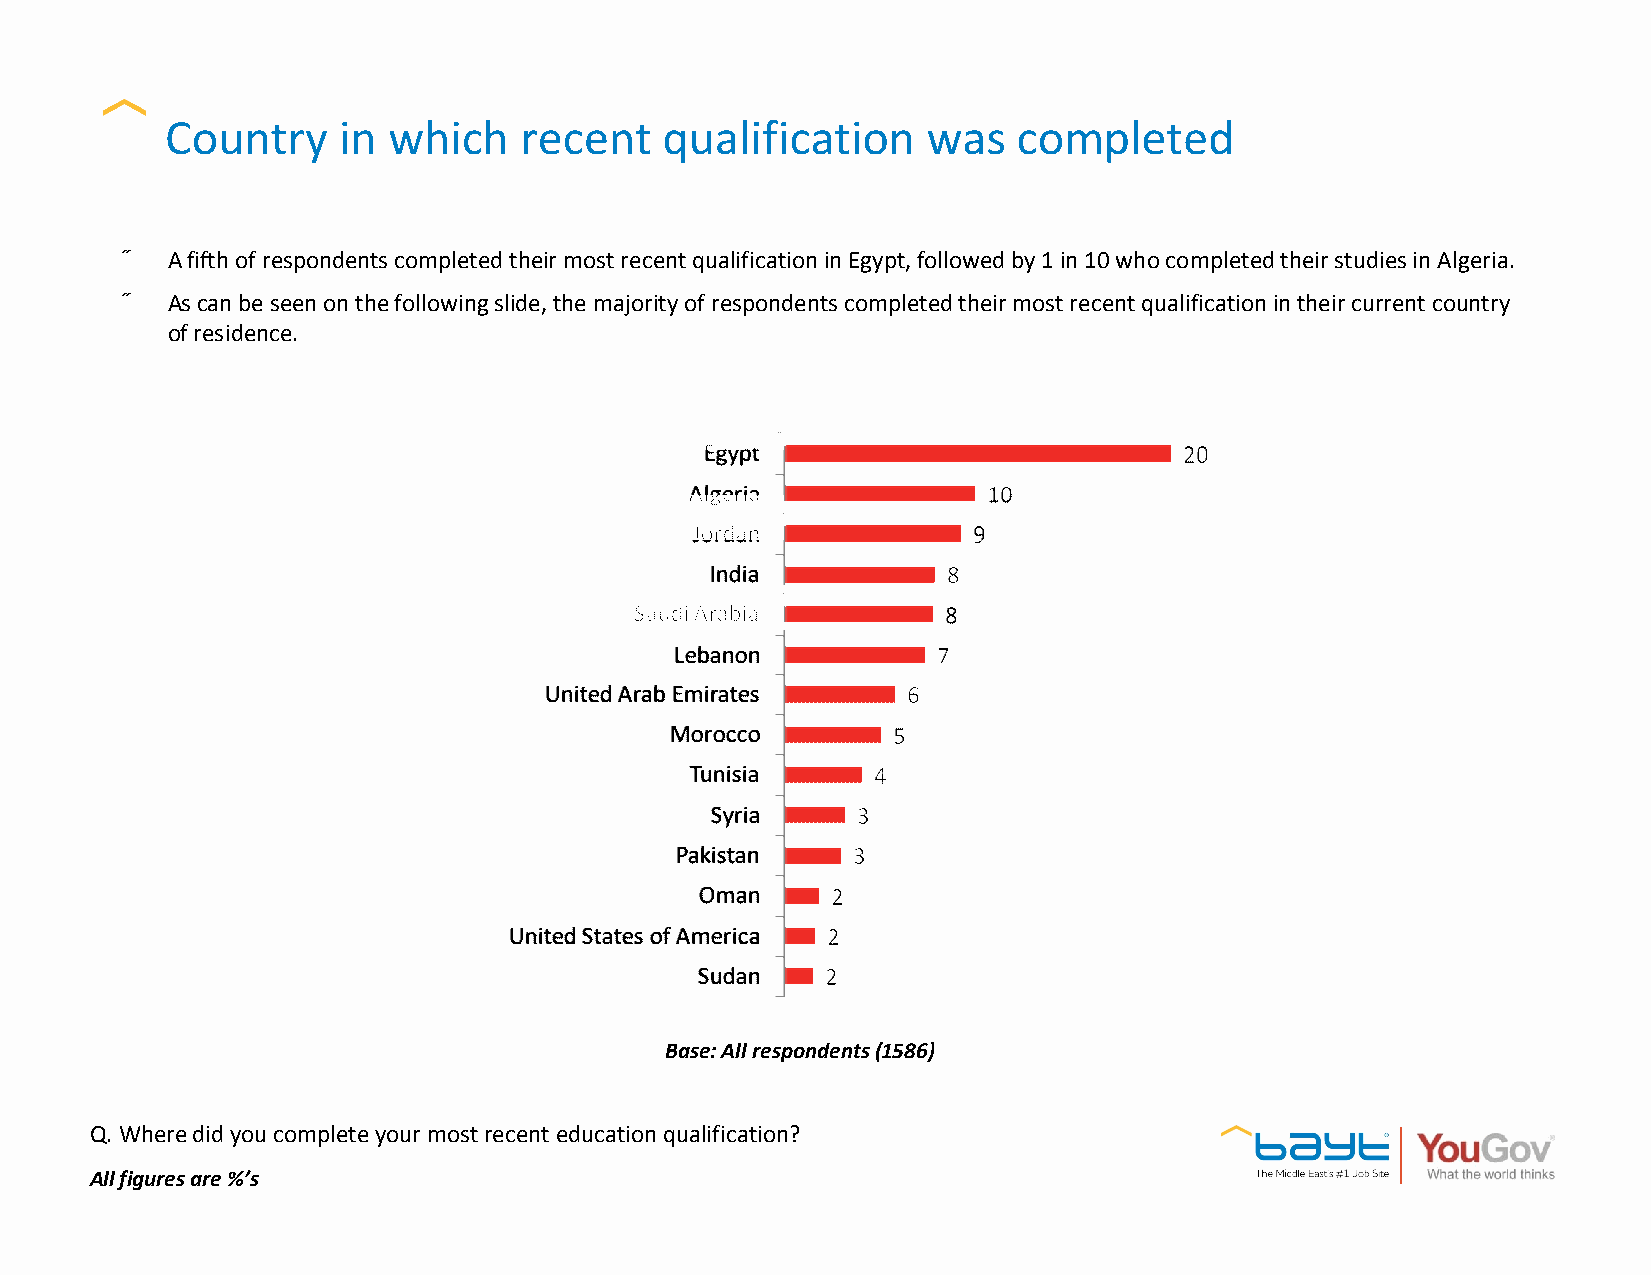
Country    in  which   recent    qualification    was   completed
 •  A fifth of respondents completed their most recent qualificationin Egypt, followed by 1 in 10 who completed their studies in Algeria.
 •  As can be seen on the following slide, the majority of respondents completed their most recent qualification in their current country
 of residence.
 Base: All respondents (1586)
 Q. Where did you complete your most recent education qualification?
 All figures are %’s